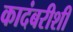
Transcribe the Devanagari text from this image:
कादंबरीशी